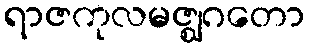
ရာဇကုလမဇ္ဈဂတော